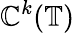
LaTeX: \mathbb{C}^{k}(\mathbb{{T}})